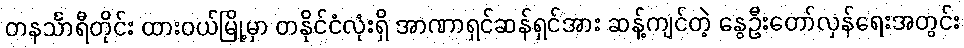
တနင်္သာရီတိုင်း ထားဝယ်မြို့မှာ တနိုင်ငံလုံးရှိ အာဏာရှင်ဆန်ရှင်အား ဆန့်ကျင်တဲ့ နွေဦးတော်လှန်ရေးအတွင်း